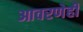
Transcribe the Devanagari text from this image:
आवरणेही